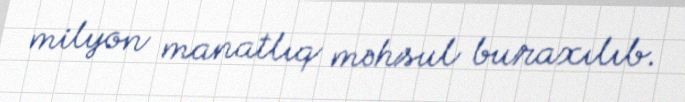
milyon manatlıq məhsul buraxılıb.